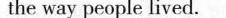
the way people lived.